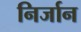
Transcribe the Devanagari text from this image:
निर्जान